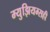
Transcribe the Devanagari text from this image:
म्युझियम्सही